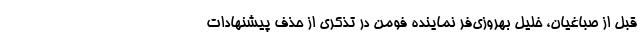
قبل از صباغیان، خلیل بهروزی‌فر نماینده فومن در تذکری از حذف پیشنهادات